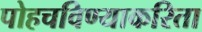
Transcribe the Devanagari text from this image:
पोहचविण्याकरिता